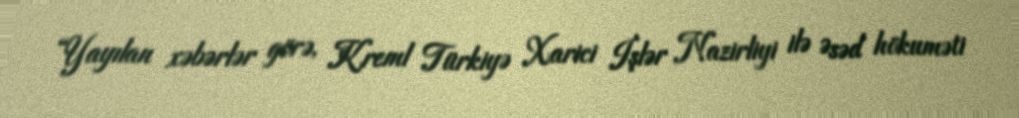
“Yayılan xəbərlər görə, Kreml Türkiyə Xarici İşlər Nazirliyi ilə Əsəd hökuməti